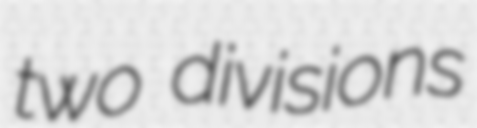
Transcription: two divisions